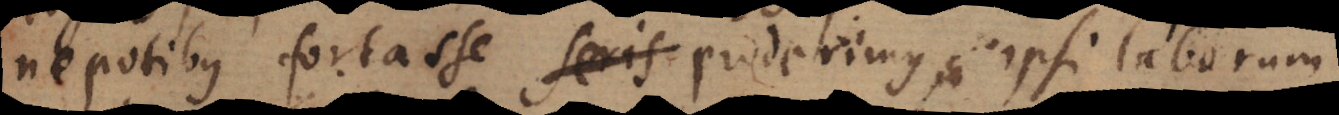
nepotibus fortasse seris proderimus, ipsi laborum